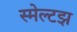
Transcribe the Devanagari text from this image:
स्मेल्टझ